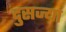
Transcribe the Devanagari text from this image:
दुसज्या